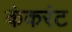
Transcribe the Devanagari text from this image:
कंकरंट